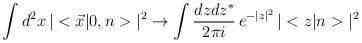
\begin{align*}\int d^2x\, |<\vec{x}|0,n>|^2\to \int {dz dz^*\over 2\pi i}\, e^{-|z|^2}\, |<z|n>|^2\end{align*}